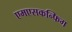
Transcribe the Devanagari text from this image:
एमएसकन्फिग